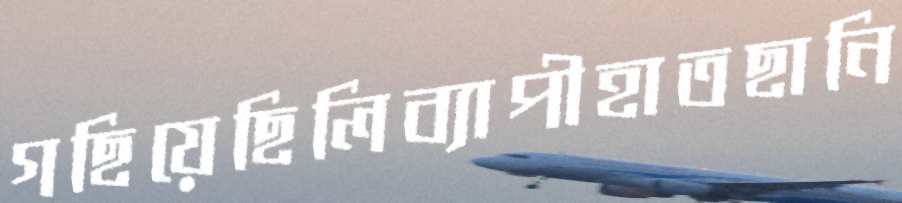
গছিয়েছিলিব্যাপীহাতছানি